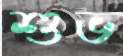
শুভ